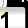
Digit: 1